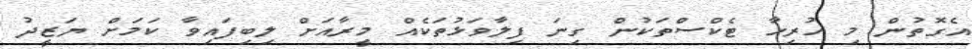
އެގޮތުން މި ހުރިހާ ޓެކްސްތަކުން ގިނަ ފިލާވަޅުތަކެއް މީރާއަށް ލިބިފައިވާ ކަމަށް ޔަޒީދު